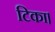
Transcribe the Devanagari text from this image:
टिका।